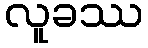
လူခဿ